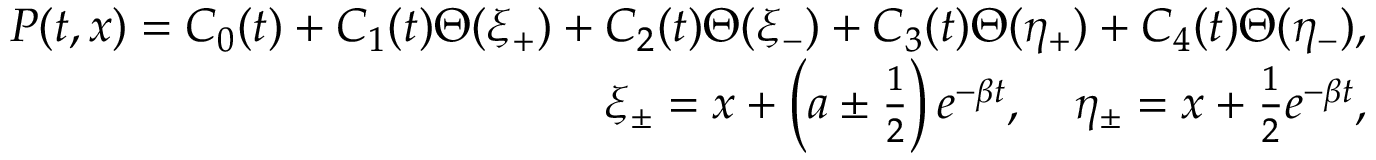
\begin{array} { r l r } & { } & { P ( t , x ) = C _ { 0 } ( t ) + C _ { 1 } ( t ) \Theta ( \xi _ { + } ) + C _ { 2 } ( t ) \Theta ( \xi _ { - } ) + C _ { 3 } ( t ) \Theta ( \eta _ { + } ) + C _ { 4 } ( t ) \Theta ( \eta _ { - } ) , } \\ & { } & { \xi _ { \pm } = x + \left( a \pm \frac 1 2 \right) e ^ { - \beta t } , \quad \eta _ { \pm } = x + \frac 1 2 e ^ { - \beta t } , } \end{array}